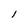
Character: l